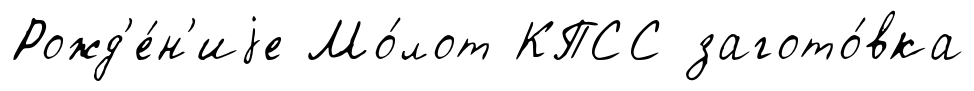
Рожд'е́н'иjе Мо́лот КПСС загото́вка